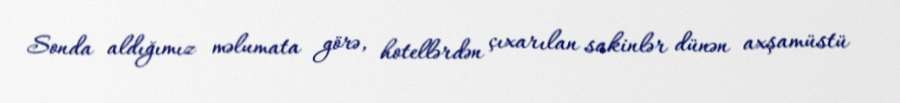
Sonda aldığımız məlumata görə, hotellərdən çıxarılan sakinlər dünən axşamüstü